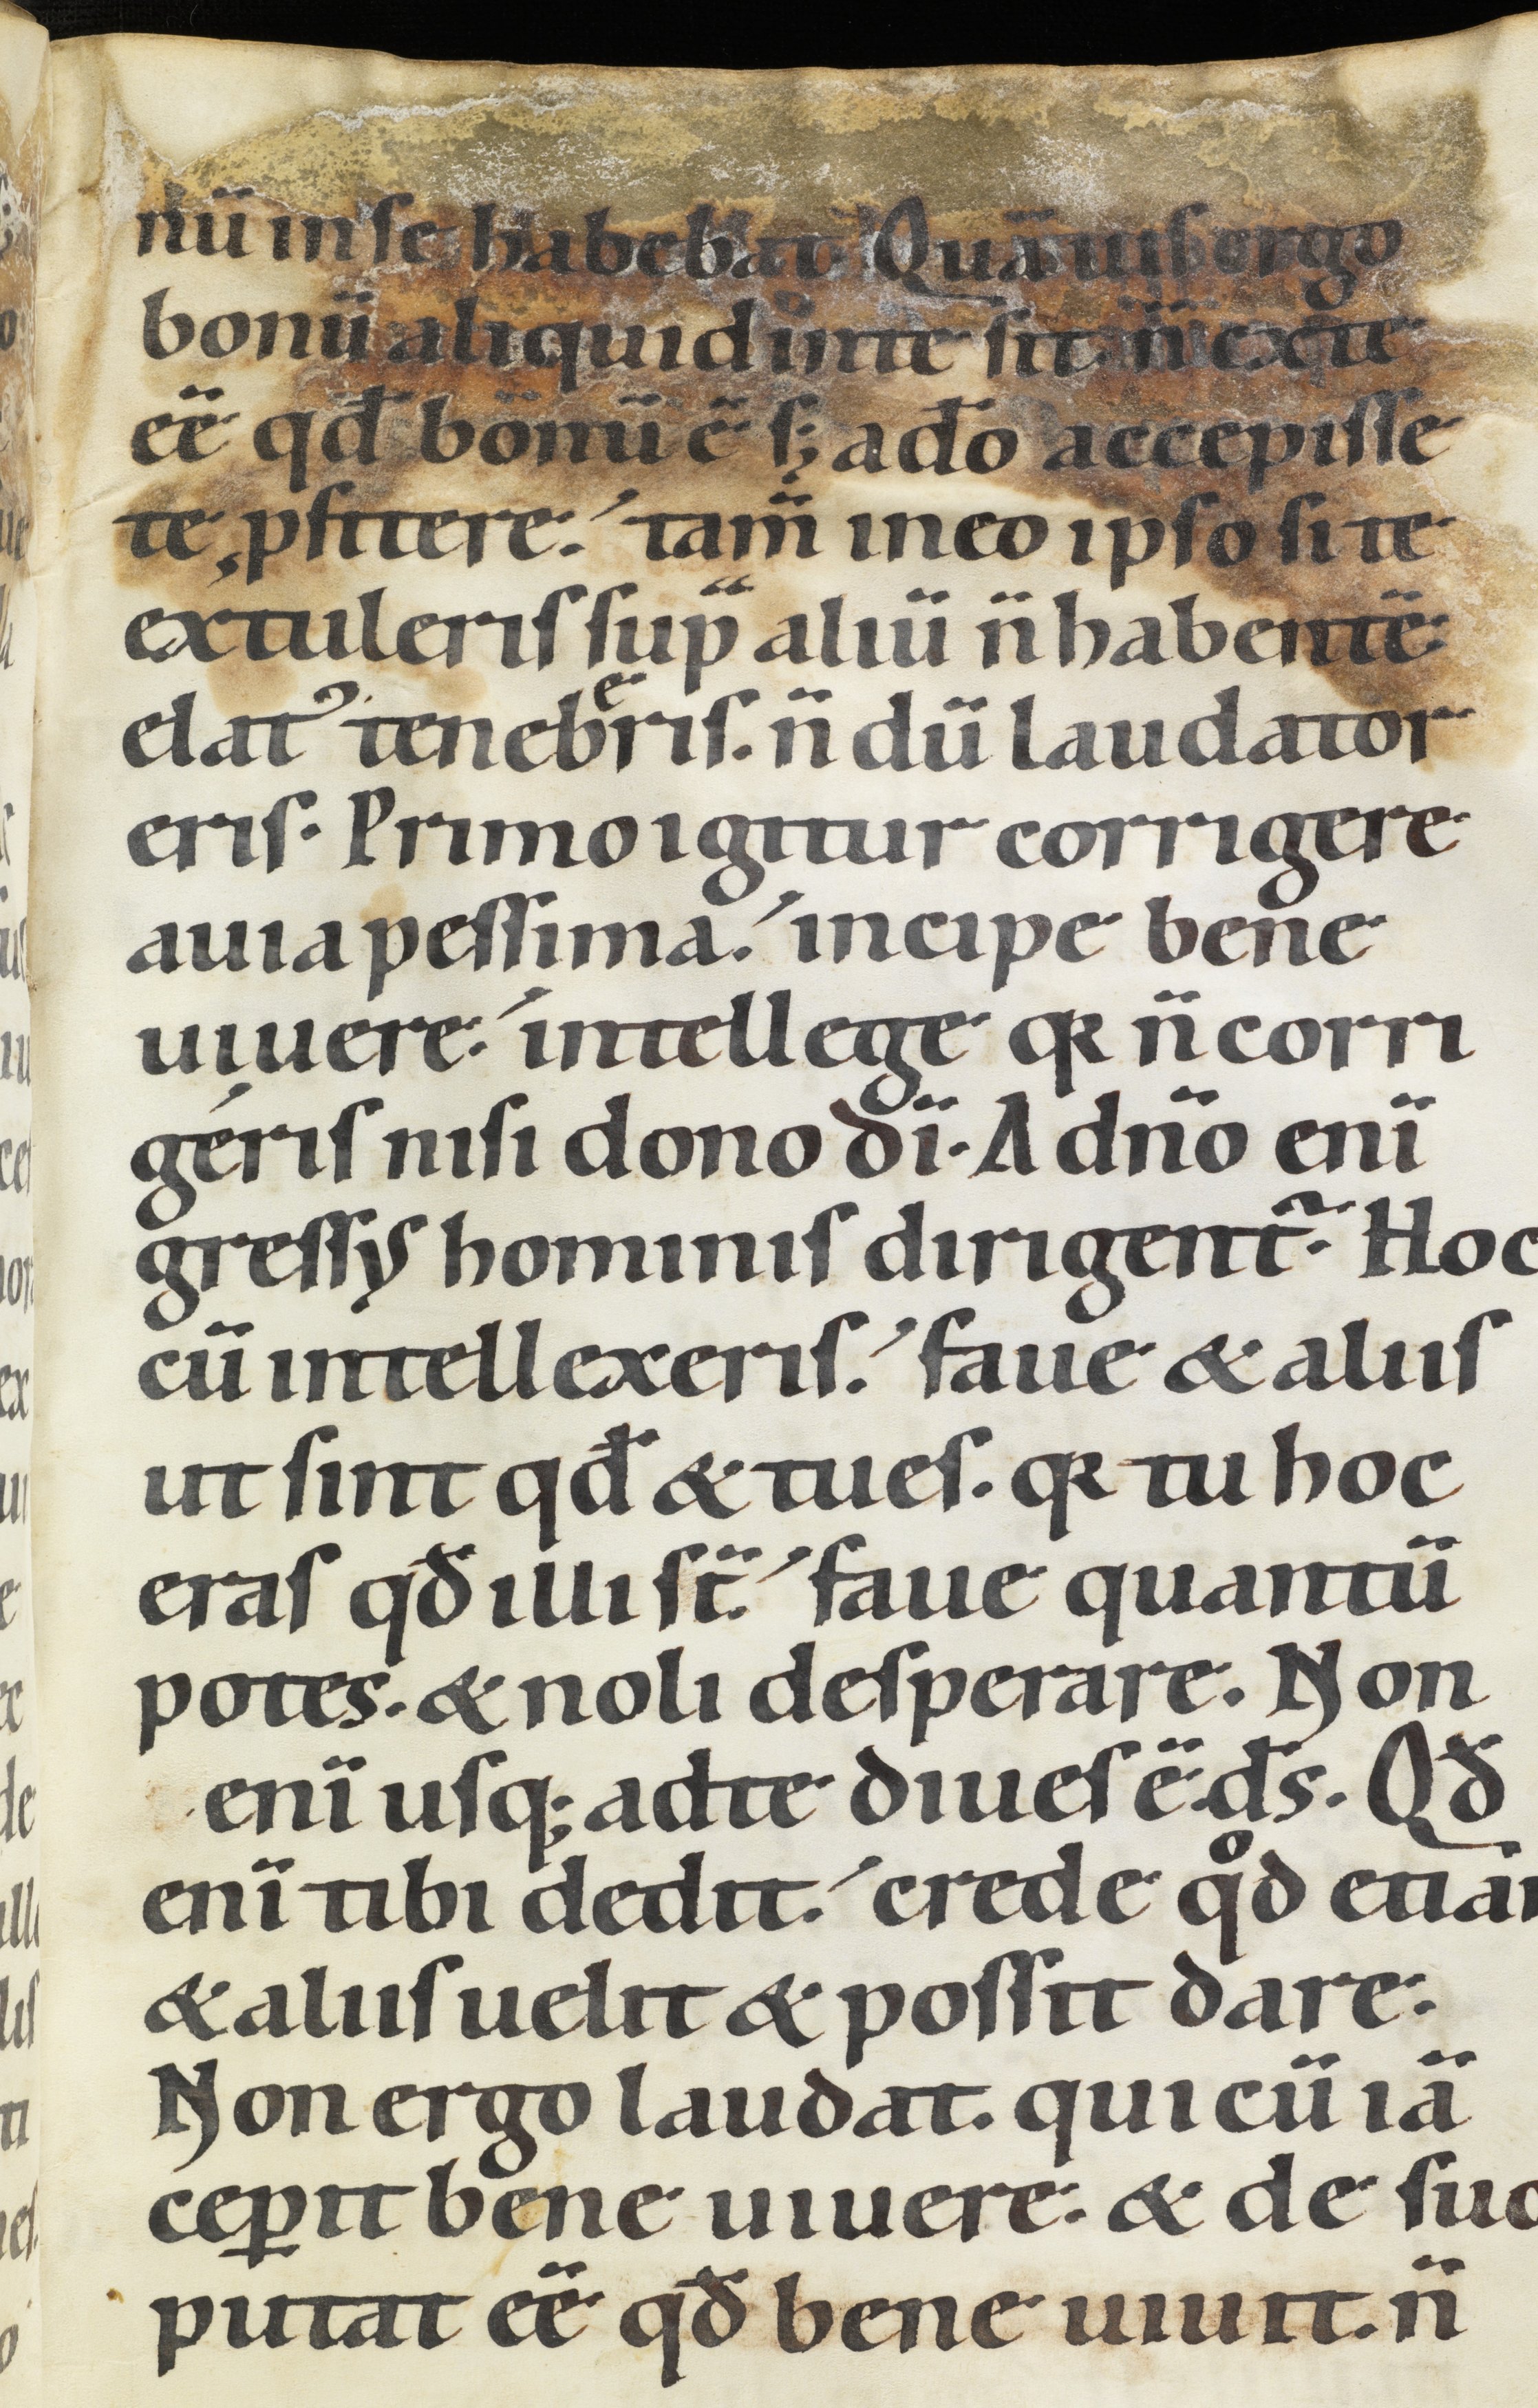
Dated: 1100–1199